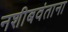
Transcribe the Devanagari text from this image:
नशीबवंताना